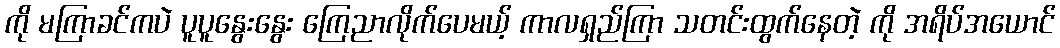
ကို မကြာခင်ကပဲ ပူပူနွေးနွေး ကြေညာလိုက်ပေမယ့် ကာလရှည်ကြာ သတင်းထွက်နေတဲ့ ကို အရိပ်အယောင်